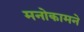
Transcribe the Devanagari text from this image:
मनोकामने